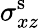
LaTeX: \sigma_{xz}^{\mathrm{s}}